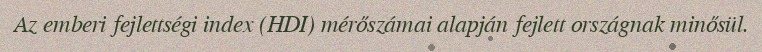
Az emberi fejlettségi index (HDI) mérőszámai alapján fejlett országnak minősül.